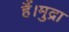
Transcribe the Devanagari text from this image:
हैं।मुद्रा